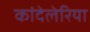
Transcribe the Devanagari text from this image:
कांदेलेरिया